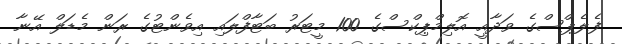
ފެލެޕްސްގެ ވަދާއީ އޮލިމްޕިކްސްގެ 100 މީޓަރު ބަޓާފްލައި އިވެންޓުގެ ރަން މެޑަލް އޭނާ